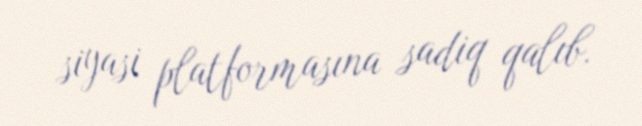
siyasi platformasına sadiq qalıb.